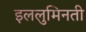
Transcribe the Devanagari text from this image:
इललुमिनती